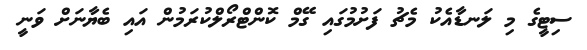
ސިޓީގެ މި ލަނޑާއެކު މެޗު ފަށުމުގައި ގޭމް ކޮންޓްރޯލްކުރަމުން އައި ބެޔާނަށް ވަނީ